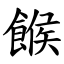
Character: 餱